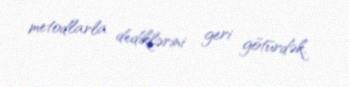
metodlarla dediklərini geri götürdək.